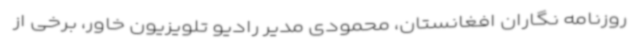
روزنامه نگاران افغانستان، محمودی مدیر رادیو تلویزیون خاور، برخی از